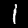
Label: 1